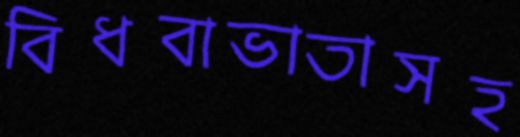
বিধবাভাতাসহ